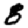
Digit: 8